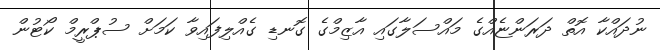
ނުދައްކާ އޮތް ދަރަންޏެއްގެ މައްސަލާގައި އާޒިމްގެ ގޮނޑި ގެއްލިފައިވާ ކަމަށް ސުޕްރީމް ކޯޓުން